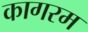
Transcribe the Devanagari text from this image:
कागरम